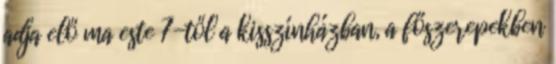
adja elő ma este 7-től a kisszínházban, a főszerepekben